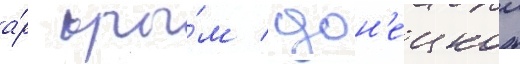
а́р кры́м / дон'ецкои